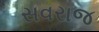
સવરાજ